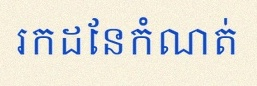
រកដែនកំណត់